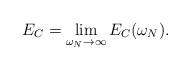
LaTeX: \begin{align*}E_C=\lim_{\omega_N\rightarrow\infty}E_C(\omega_N).\end{align*}